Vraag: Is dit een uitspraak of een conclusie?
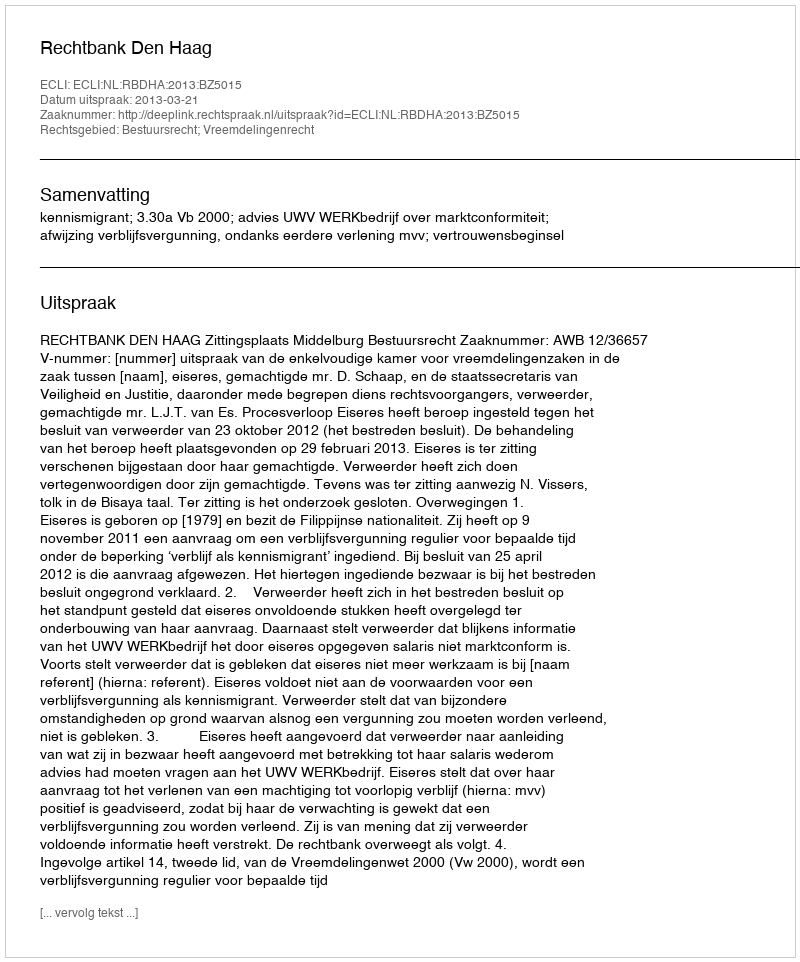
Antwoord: Uitspraak